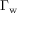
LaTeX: \Gamma _ { \mathrm { w } }